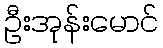
ဦးအုန်းမောင်